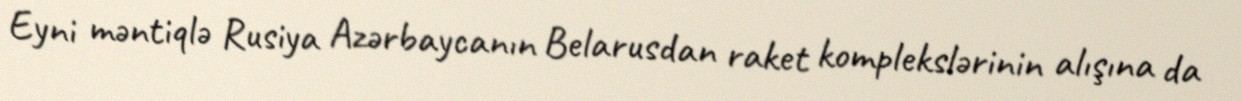
Eyni məntiqlə Rusiya Azərbaycanın Belarusdan raket komplekslərinin alışına da